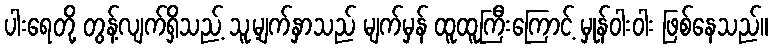
ပါးရေတို့ တွန့်လျက်ရှိသည့် သူ့မျက်နှာသည် မျက်မှန် ထူထူကြီးကြောင့် မှုန်ဝါးဝါး ဖြစ်နေသည်။